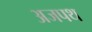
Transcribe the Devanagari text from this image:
अजपथ